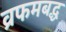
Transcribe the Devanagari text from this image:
व्रफमबद्ध